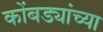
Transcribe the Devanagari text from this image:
कोंबड्यांच्या